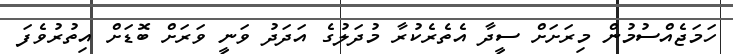
ހަމަޖެއްސުމުން މިރަށަށް ސީދާ އެތެރެކުރާ މުދަލުގެ އަދަދު ވަނީ ވަރަށް ބޮޑަށް އިތުރުވެފަ